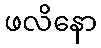
ဖလိနော